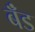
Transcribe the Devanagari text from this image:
बॅँंड